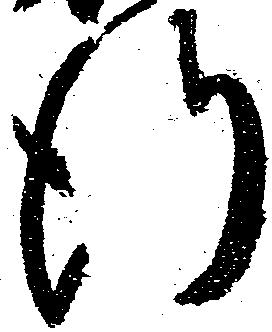
行